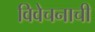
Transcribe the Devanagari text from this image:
विवेचनाची